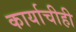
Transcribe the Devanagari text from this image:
कार्याचीही